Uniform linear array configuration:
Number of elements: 32
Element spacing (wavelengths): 0.25
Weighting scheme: cosine
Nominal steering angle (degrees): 0
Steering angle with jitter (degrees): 1.248
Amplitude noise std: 0.05
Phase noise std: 0.05

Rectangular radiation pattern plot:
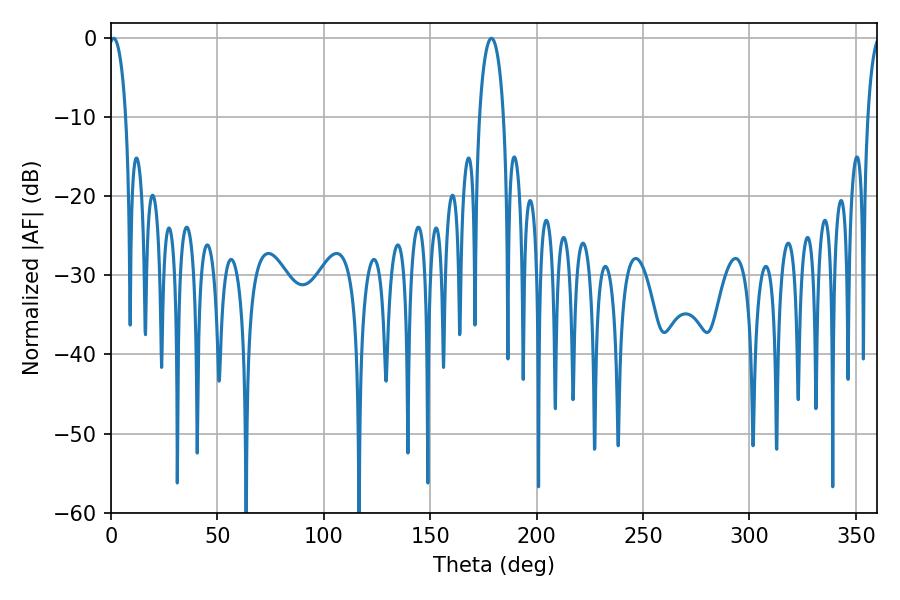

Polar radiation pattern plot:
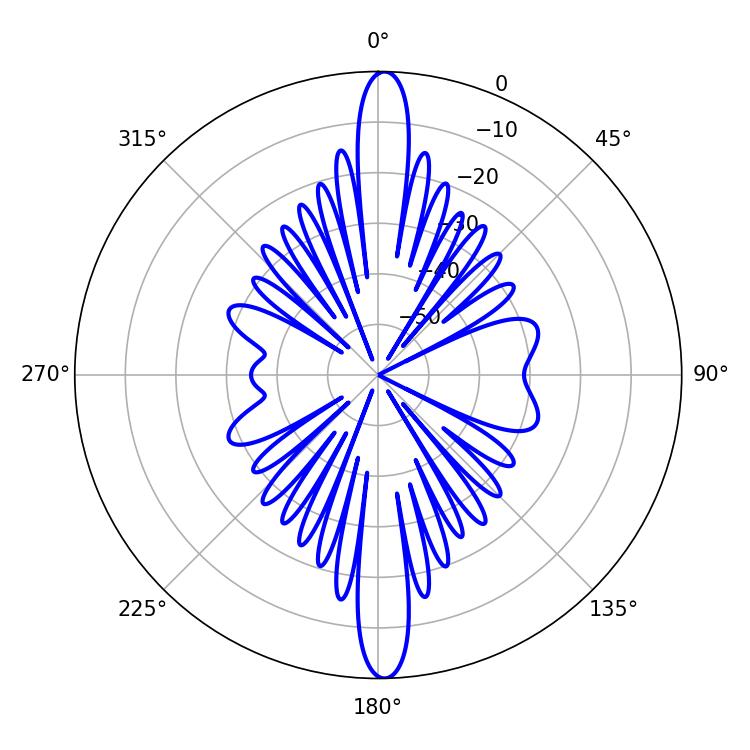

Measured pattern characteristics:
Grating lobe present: FALSE
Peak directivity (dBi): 25.214
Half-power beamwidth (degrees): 4.5
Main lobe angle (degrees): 1.26